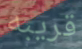
قريبه